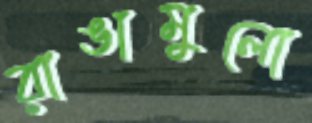
রাঙামুলো